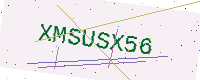
Text: XMSUSX56